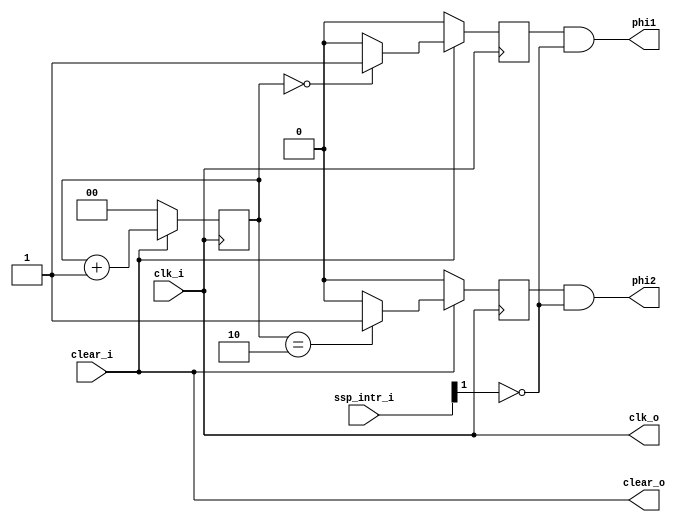
//***********************************************************
//	Developed on:	8-Nov-2016
//	Module:		Clock management module
//***********************************************************
module CMU(	clk_i,
		clear_i,
		ssp_intr_i,
		clk_o,
		clear_o,
		phi1,
		phi2);


input		clk_i,
		clear_i;
input	[1:0]	ssp_intr_i;

output		clk_o,
		clear_o,
		phi1,
		phi2;

wire		clk_i,
		clear_i;
wire	[1:0]	ssp_intr_i;

wire		clk_o,
		clear_o;
wire		phi1,
		phi2;
reg		phi1_int,
		phi2_int;
reg	[1:0]	cnt;

assign	clk_o=clk_i;
assign 	clear_o=clear_i;

always @(posedge clk_i)
begin
	if(~clear_i)
	begin
		cnt<=2'b00;
		phi1_int<=1'b0;	
		phi2_int<=1'b0;	
	end
	else
	begin
		cnt<=cnt+1;
		if(cnt==2'b00)
			phi1_int<=1'b1;
		else
			phi1_int<=1'b0;

		if(cnt==2'b10)
			phi2_int<=1'b1;
		else
			phi2_int<=1'b0;
	
	end
end

assign	phi1 = phi1_int & !ssp_intr_i[1];
assign	phi2 = phi2_int & !ssp_intr_i[1];


endmodule